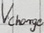
Text: Vcharge